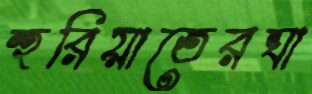
হুরিয়াতেরঘা